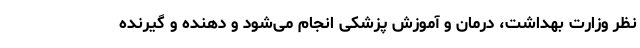
نظر وزارت بهداشت، درمان و آموزش پزشکی انجام می‌شود و دهنده و گیرنده